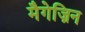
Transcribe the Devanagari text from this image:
मैगेज़िन